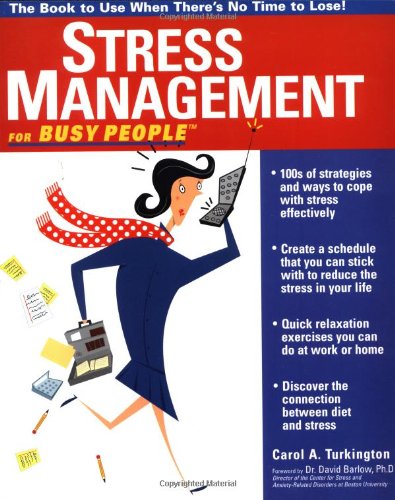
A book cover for Stress Management for Busy People; Carol Turkington; Business & Money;